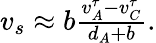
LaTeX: \begin{array}{r}{v_{s}\approx b\frac{v_{A}^{\tau}-v_{C}^{\tau}}{d_{A}+b}.}\end{array}